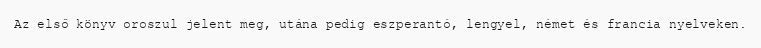
Az első könyv oroszul jelent meg, utána pedig eszperantó, lengyel, német és francia nyelveken.